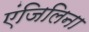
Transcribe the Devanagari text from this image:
एंजिलिना